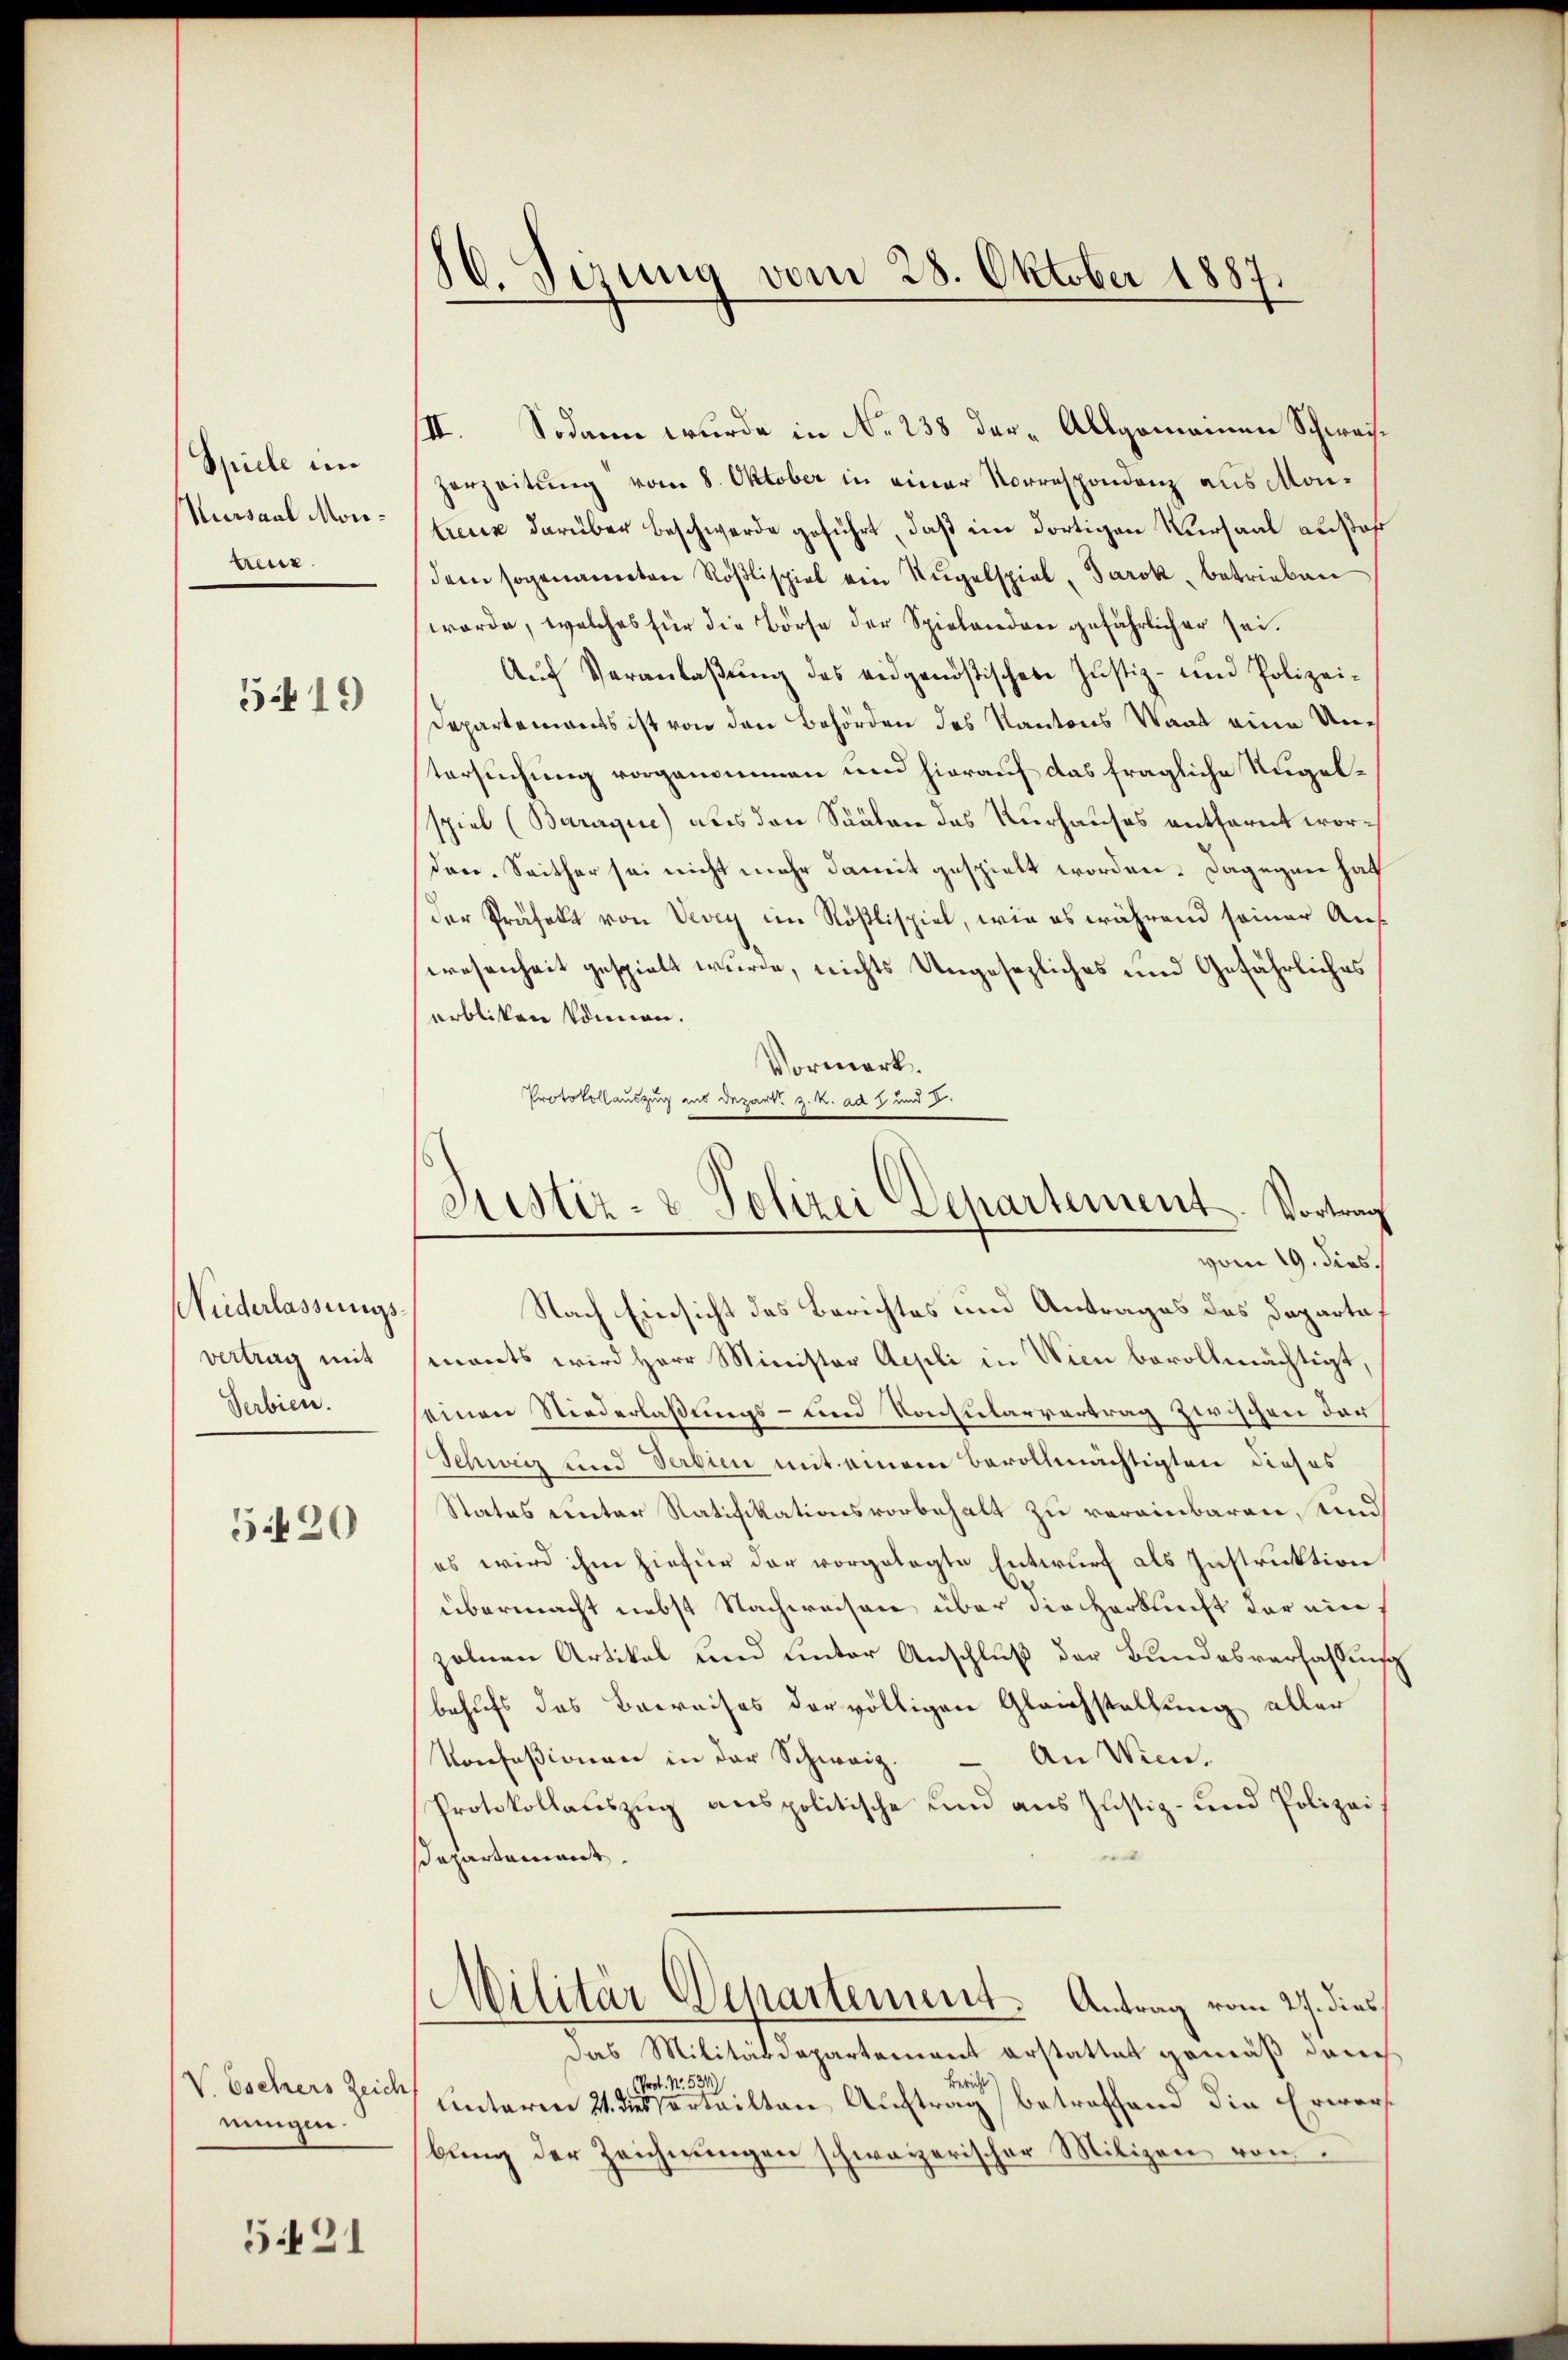
Spiele in
Nursaal Mortreux.

519)

Niederlassungsvertrag mit
Serbien.

5420

V. Eschers Zeich
nungen.

521

10. Jezung vom 28. Oktober 1887.

Fristiz- & Polizei Departement. Vortrag
vom 19. dies
Nach Einsicht des Berichtes und Antrages des Departe¬

III. Sodann wurde in No 238 der Allgomainen Schweise
Herzeitung vom 8. Oktober in einer Vorrespondenz aus Montreux darüber beschwerde geführt, daß im dortigen Versaal ausar
dem sogenannten Rößlispiel ein Rügelspiel, Tarok, betrieben
worde, welches für die Börse der Spielandere gefährlicher sei¬
Auf Veranlaßung des eidgenößischete Justiz- und Polizei-
Departements ist von den Behörden des Kantons Staat eine Untersuchung vorgenommen und hierauf das fragliche Ungelspiel (Baraque) als den Säälen des Kurhauses entfernt wor¬
Dare. Seither sei nicht mehr damit gespielt worden. Dagegen hat
der Präfekt von Vevey im Rößlispiel, wie es während seiner Auf
wesenheit gespielt wurde, nichts Ungesezliches und Gefährliches
erbliken können.
Vormerk.
Protokollauszug ins Depart. z. K. ad 2 und 2.
mants wird Herr Minister Aepli in Wien bevollmächtigt.
einen Niederlaßungs- und Konsularvertrag zwischen der
Schweiz und Verbin mit einem Bevollmächtigten dieses
Status unter Ratifikationsvorbehalt zu vereinbaren, und
es wird ihm hiefür der vorgelegte Entwurf als Instruktion
übermacht nebst Nachweisen über die Hertlicht der eine
zelnen Artikel und unter Anschluß der Bundesverfassung
behufs des Beweises der völligen Gleichstellung aller
An Wien.
Konfeßionen in der Schweiz.
Protokollauszug anspolitische und aus Justiz- und Polizei
e
Departement.
Militär Departement. Antrag vom 27. dies
das Militärdepartement erstattet gemäß danch
Bericht
Prot. N. 531
Unterm 21. diesertailten Auftrag betreffend die Erwarf
bung der Zeichnungen schweizerischer Milizei von